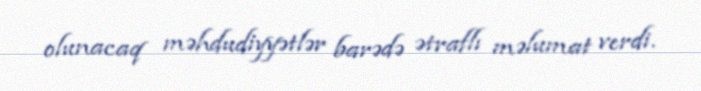
olunacaq məhdudiyyətlər barədə ətraflı məlumat verdi.